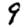
Digit: 9